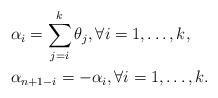
LaTeX: \begin{align*}&\alpha_i=\sum_{j=i}^k\theta_j,\forall i=1,\ldots,k,\\&\alpha_{n+1-i}=-\alpha_i,\forall i=1,\ldots,k.\end{align*}